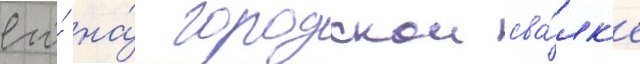
его́ на́ городскои сва́лк'е